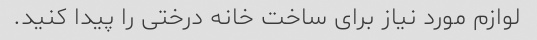
لوازم مورد نیاز برای ساخت خانه درختی را پیدا کنید.